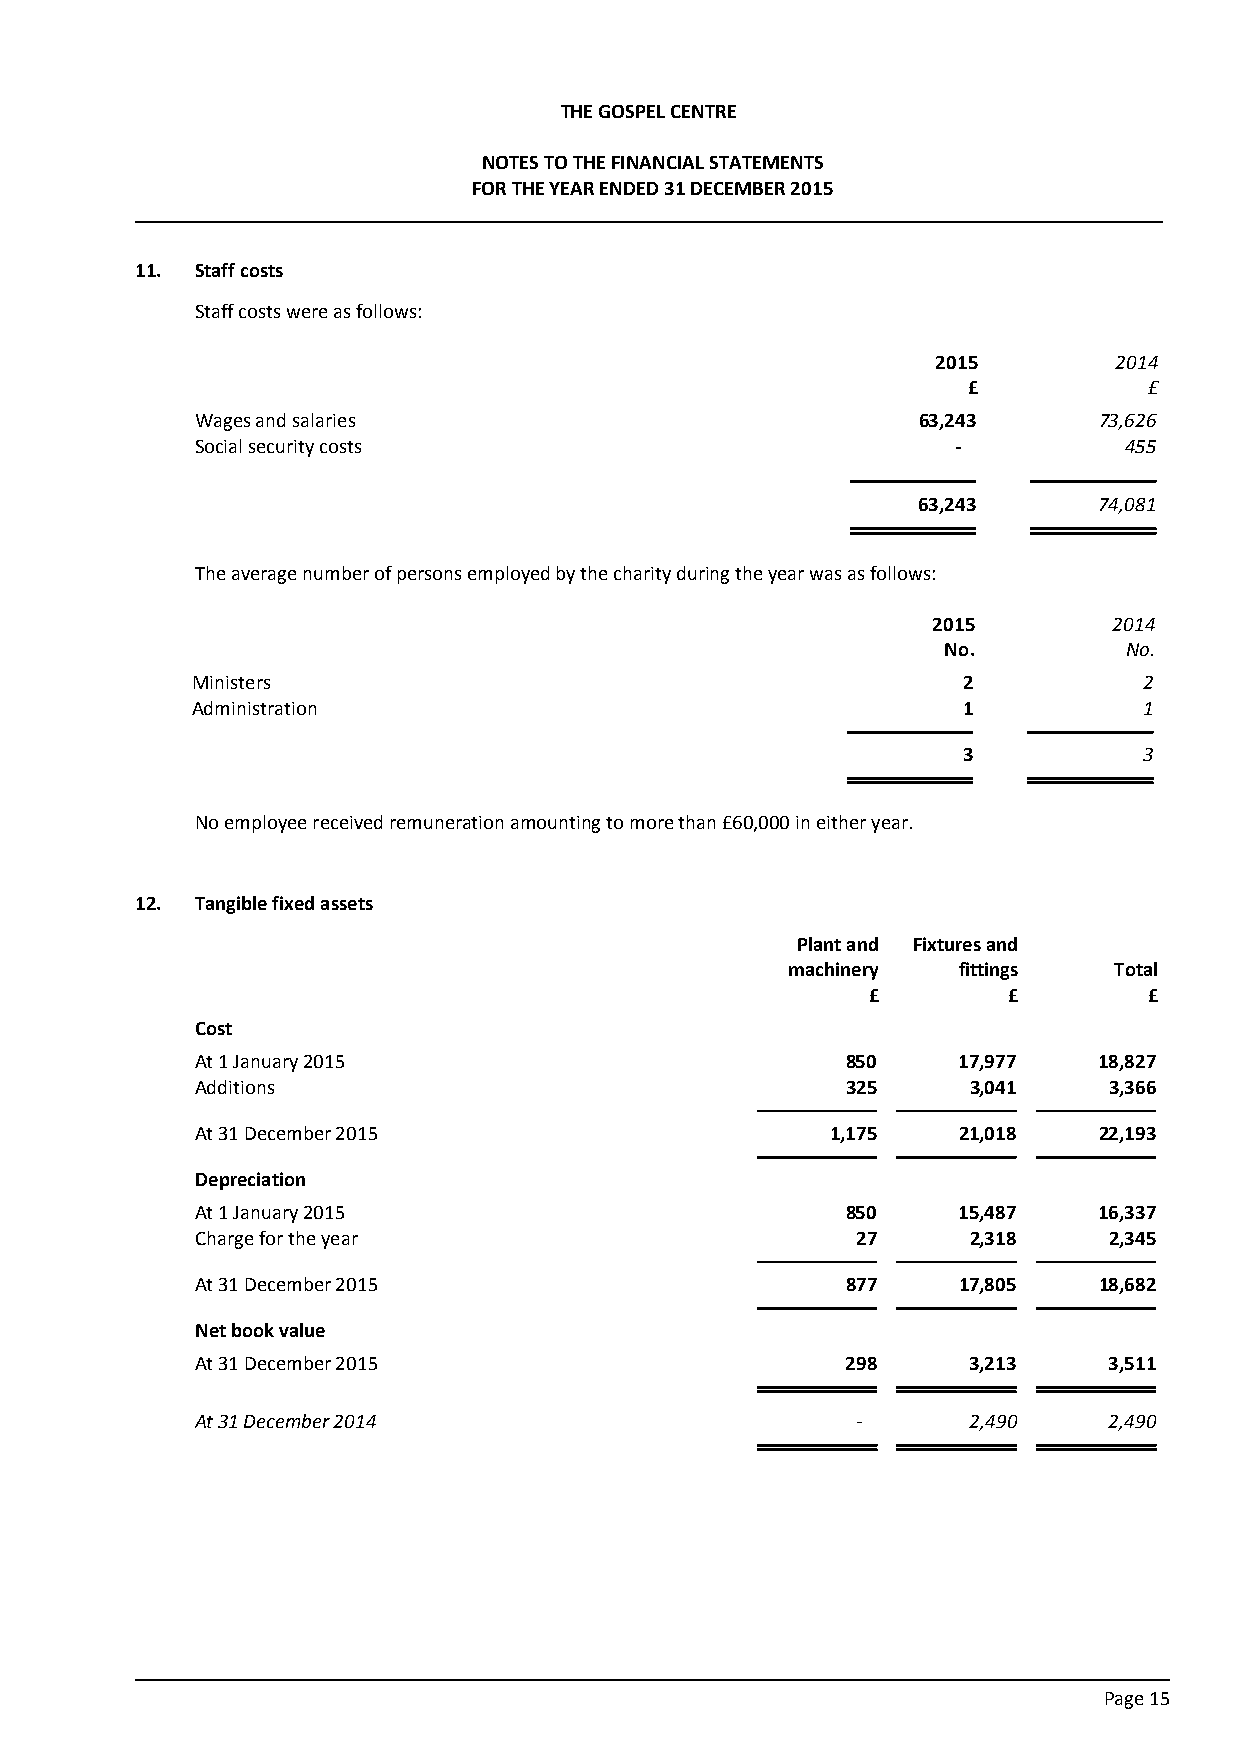
THE GOSPEL CENTRE
 NOTES TO THE FINANCIAL STATEMENTS
 FOR THE YEAR ENDED 31 DECEMBER 2015
 11. Staff costs
 Staff costs were as follows:
 2015        2014
 £           £
 Wages and salaries                              63,243      73,626
 Social security costs                             -          455
 63,243      74,081
 The average number of persons employed by the charity during the year was as follows:
 2015        2014
 No.         No.
 Ministers                                          2           2
 Administration                                     1           1
 3           3
 No employee received remuneration amounting to more than £60,000 in either year.
 12. Tangible fixed assets
 Plant and Fixtures and
 machinery  fittings   Total
 £        £        £
 Cost
 At 1 January 2015                          850    17,977    18,827
 Additions                                  325     3,041    3,366
 At 31 December 2015                       1,175   21,018    22,193
 Depreciation
 At 1 January 2015                          850    15,487    16,337
 Charge for the year                         27     2,318    2,345
 At 31 December 2015                        877    17,805    18,682
 Net book value
 At 31 December 2015                        298     3,213    3,511
 At 31 December 2014                         -      2,490    2,490
 Page 15